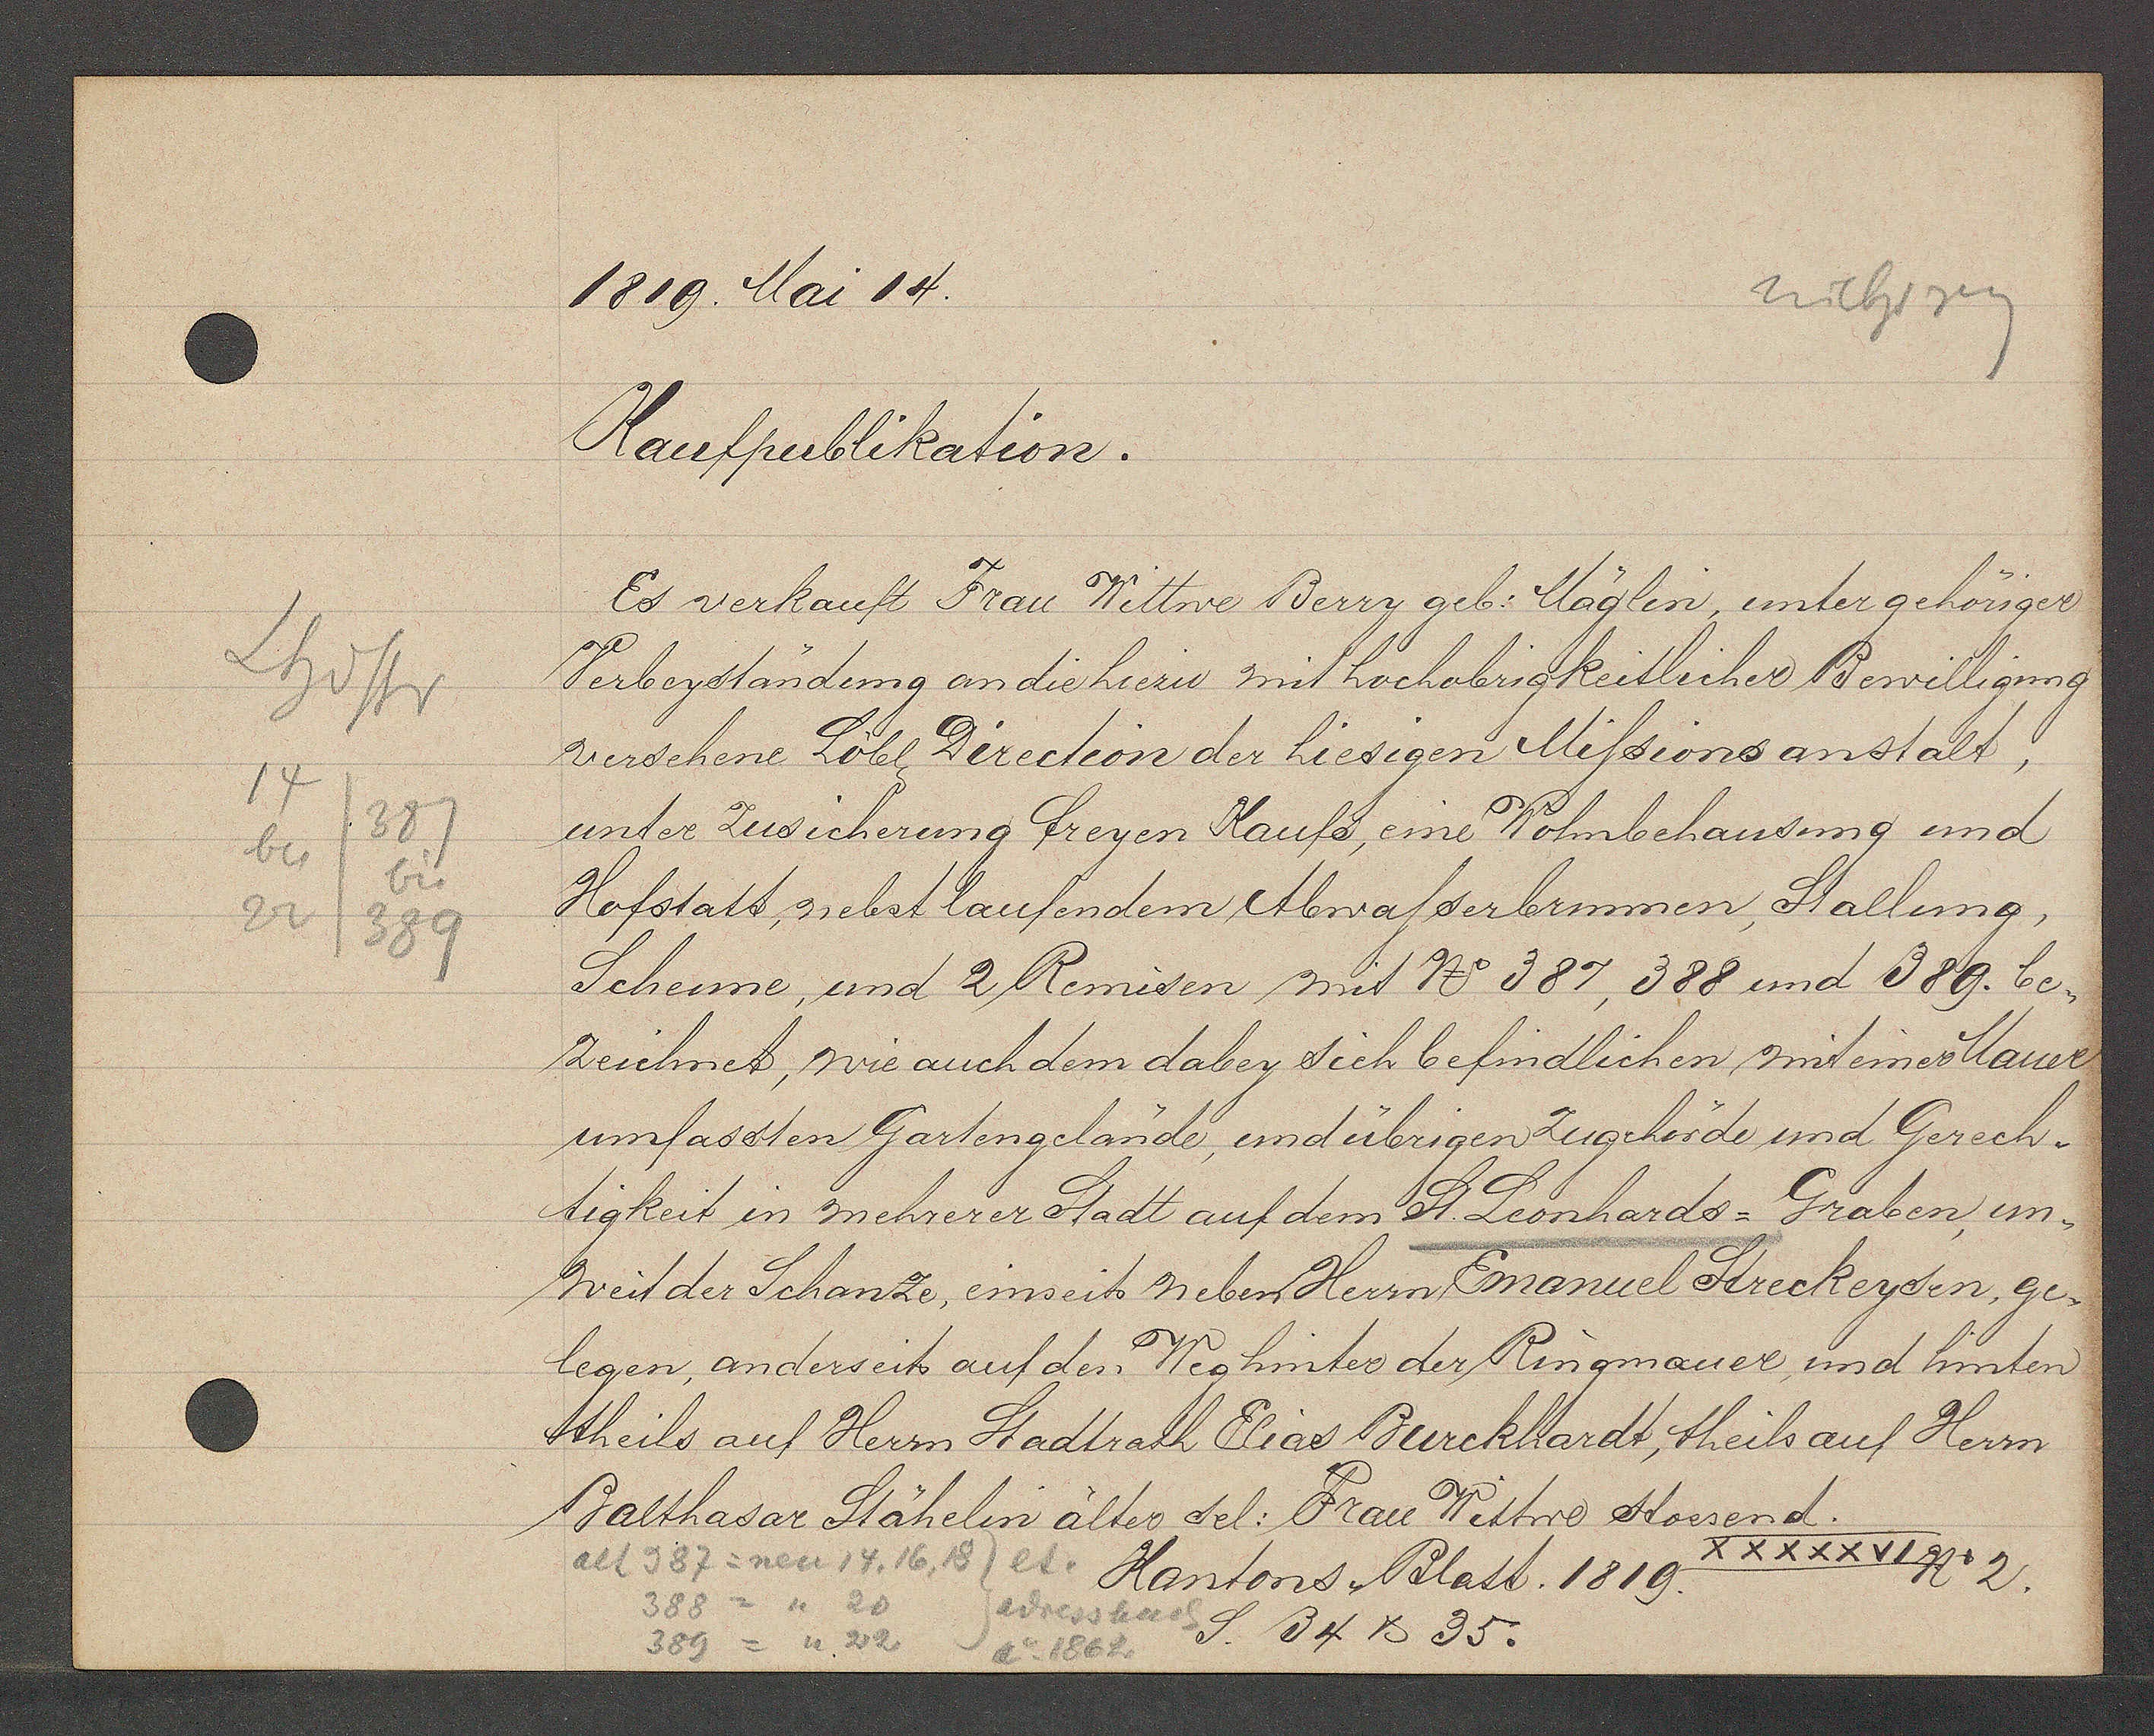
Transcript:
Lhdstr
14
387
bis
bis
22
389

1819. Mai 14.

Kaufpublikation.
Es verkauft Frau Wittwe Berry geb. Mäglin, unter gehöriger
Verbeyständung an die hiezu mit hochobrigkeitlicher Bewilligung
versehene Löbl. Direction der hiesigen Missions anstalt,
unter Zusicherung freyen Kaufs, eine Wohnbehausung und
Hofstatt, nebst laufenden Abwasserbrunnen, Stallung,
Scheune, und 2 Remisen mit No 387, 388 und 389. be¬
zeichnet, wie auch dem dabey sich befindlichen mit einer Mauer
umfassten Gartengelände, und übrigen Zugehörde und Gerech¬
tigkeit in mehrerer Stadt auf dem St. Leonhards-Graben, un¬
weit der Schanze, einseits neben Herrn Emanuel Streckeysen, ge¬
legen, anderseits auf den Weg hinter der Ringmauer und hinten
theils auf Herrn Stadtrath Elias Burckhardt, theils auf Herrn
Balthasar Stähelin alter sel: Frau Wittwe stossend.

alt 987 = neu 14, 16, 18) lt.
388 = n 20
Adressbuch
Ao 1862
389 = n 22

XXXXXVI No 2
Kantons Blatt. 1819.
S. 34 & 35.